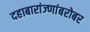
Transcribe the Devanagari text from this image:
दहाबारांज्णांबरोबर